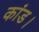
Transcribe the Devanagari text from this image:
कांड।